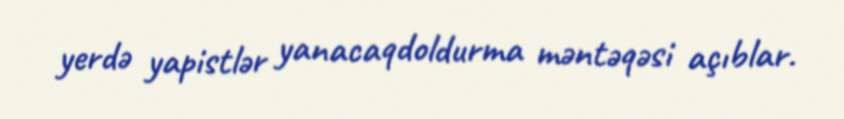
yerdə yapistlər yanacaqdoldurma məntəqəsi açıblar.